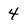
Character: 4